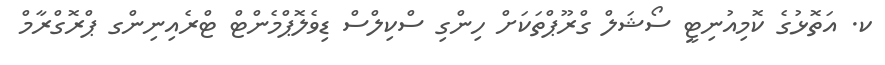
ކ. އަތޮޅުގެ ކޮމިއުނިޓީ ސޯޝަލް ގްރޫޕްތަކަށް ހިންގި ސްކިލްސް ޑިވެލޮޕްމެންޓް ޓްރެއިނިންގ ޕްރޮގްރާމް